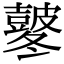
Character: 𭽸